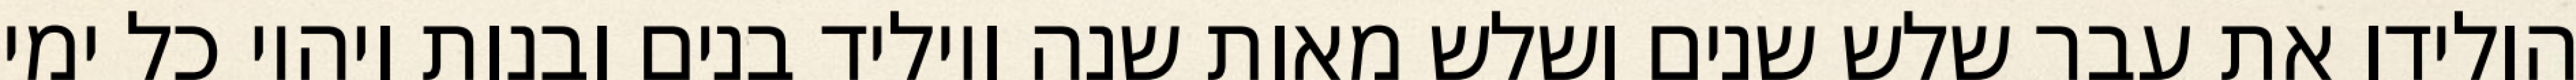
הולידו את עבר שלש שנים ושלש מאות שנה ויוליד בנים ובנות ויהיו כל ימי